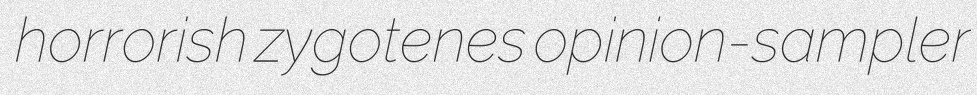
horrorish zygotenes opinion-sampler